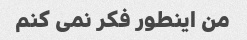
من اینطور فکر نمی کنم